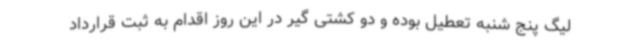
لیگ پنج شنبه تعطیل بوده و دو کشتی گیر در این روز اقدام به ثبت قرارداد